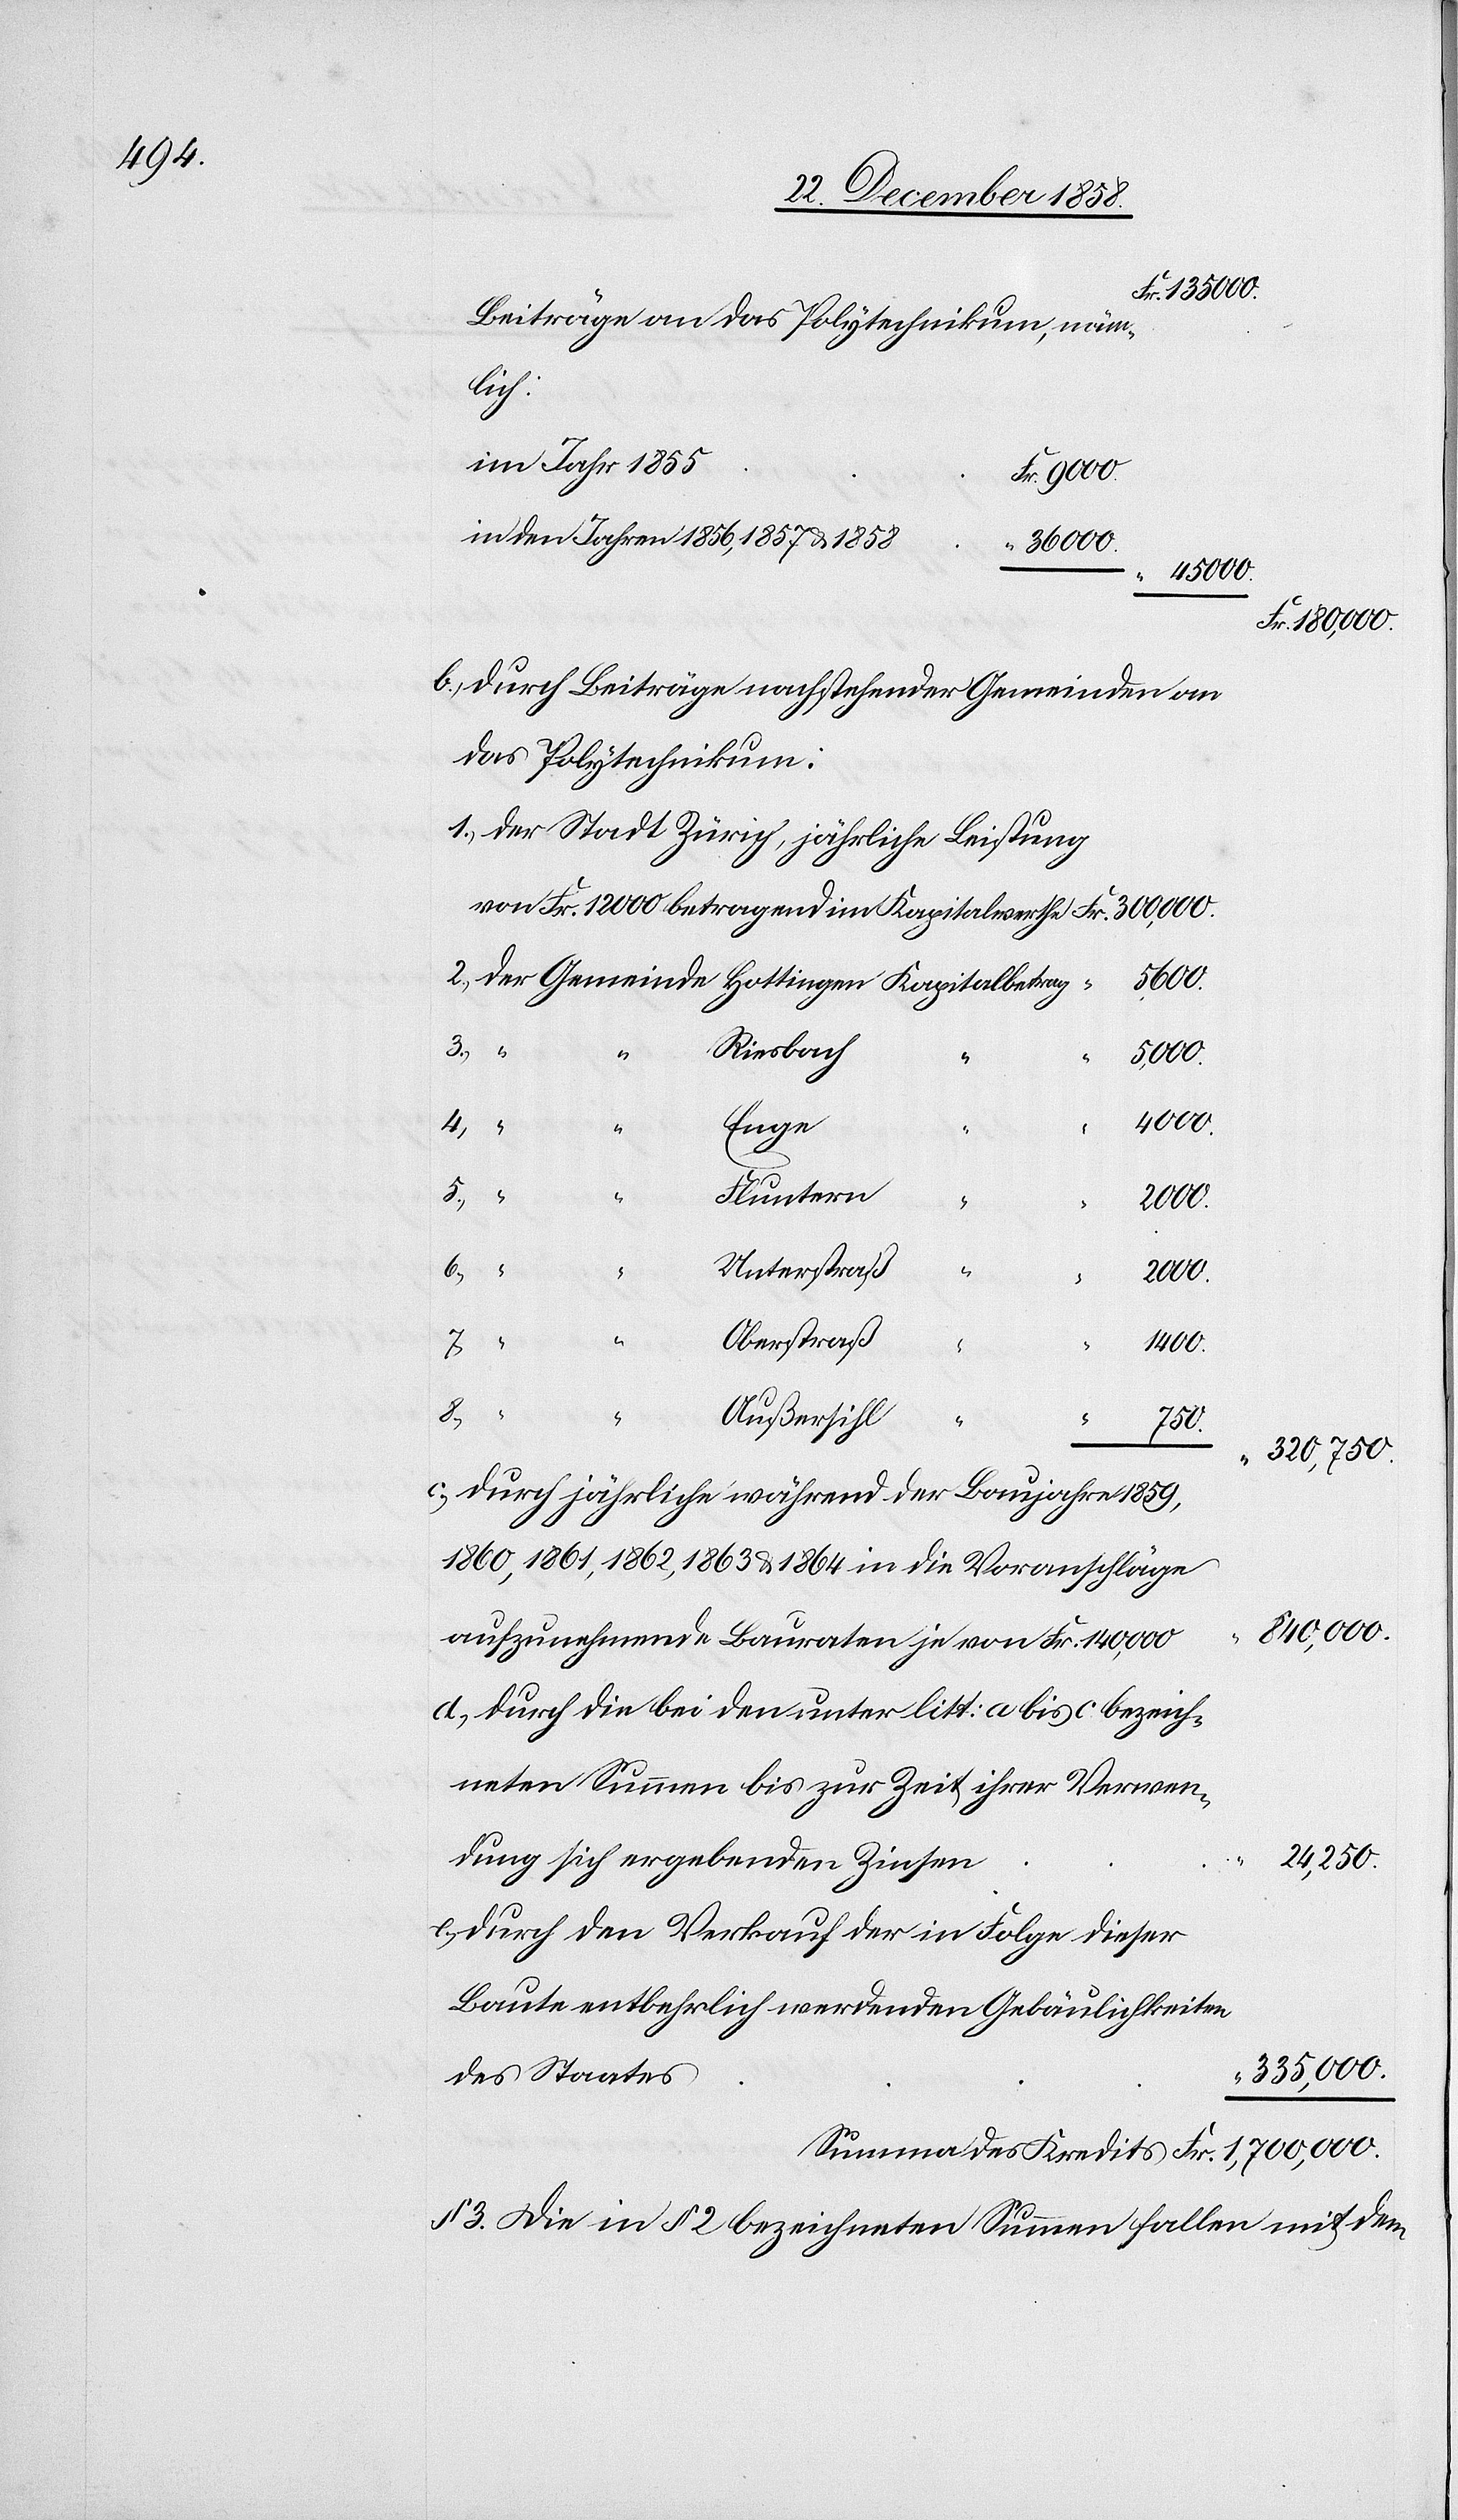
Beiträge an das Polytechnikum, näm¬
lich:
im Jahr 1855
“ 2000.
in den Jahren 1856, 1857 & 1858
“ 36 000.
“ 5,000.
Fr. 1,700,000.
durch Beiträge nachstehender Gemeinden an
das Polytechnikum:
der Stadt Zürich, jährliche Leistung
2.)
der Gemeinde Hottingen Kapitalbetrag
Kredits
“ “
Riesbach
Enge
4.)
d.)
Fluntern
6.)
“
Unterstraß
Oberstraß
“
1400.
8.)
“
Außersihl
750.
“
320,750.
durch jährliche während der Baujahre 1859,
1860, 1861, 1862, 1863 & 1864 in die Voranschläge
840,000.
aufzunehmende Bauraten je von Fr. 140,000
durch die bei den unter litt: a bis c. bezeich¬
neten Summen bis zur Zeit ihrer Verwen¬
dung sich ergebenden Zinsen
24,250.
durch den Verkauf der in Folge dieser
Baute entbehrlich werdenden Gebäulichkeiten
“ 335,000.
des Staates
§ 3. Die in § 2 bezeichneten Summen fallen mit dem